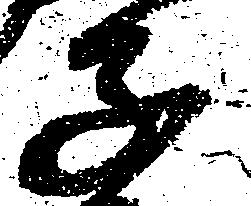
子